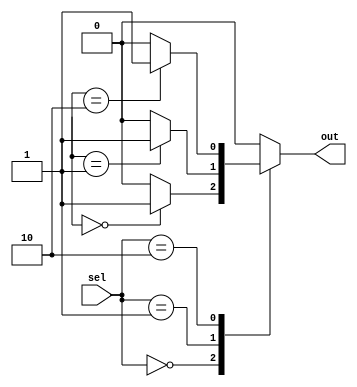
module example (
    input wire [1:0] sel,
    output wire out
);

reg [1:0] value;

always @(*) begin
    case(sel)
        2'b00: begin
            if(value == 2'b00)
                out = 1'b1;
            else
                out = 1'b0;
        end
        2'b01: begin
            if(value == 2'b01)
                out = 1'b1;
            else
                out = 1'b0;
        end
        2'b10: begin
            if(value == 2'b10)
                out = 1'b1;
            else
                out = 1'b0;
        end
        default: begin
            out = 1'b0;
        end
    endcase
end

endmodule